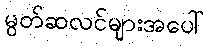
မွတ်ဆလင်များအပေါ်